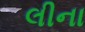
લીના